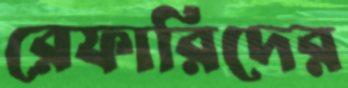
রেফারিদের